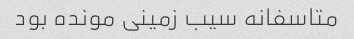
متاسفانه سیب زمینی مونده بود